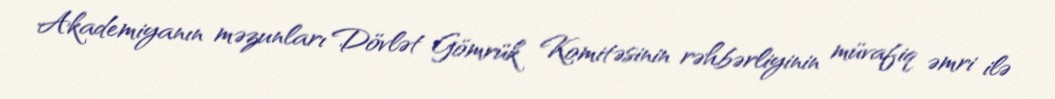
Akademiyanın məzunları Dövlət Gömrük Komitəsinin rəhbərliyinin müvafiq əmri ilə